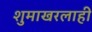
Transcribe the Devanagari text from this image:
शुमाखरलाही